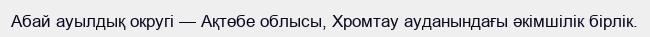
Абай ауылдық округі — Ақтөбе облысы, Хромтау ауданындағы әкімшілік бірлік.